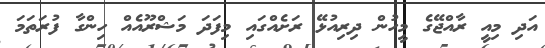
އަދި މިއީ ރާއްޖޭގެ މީހުން ދިރިއުޅޭ ރަށެއްގައި މިފަދަ މަޝްރޫއެއް ހިންގާ ފުރަތަމަ